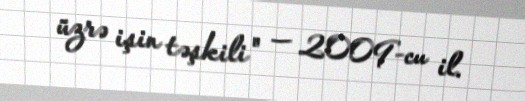
üzrə işin təşkili" — 2009-cu il.